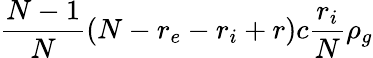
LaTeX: \frac{N-1}{N}(N-r_{e}-r_{i}+r)c\frac{r_{i}}{N}\rho_{g}